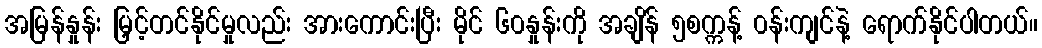
အမြန်နှုန်း မြှင့်တင်နိုင်မှုလည်း အားကောင်းပြီး မိုင် ၆၀နှုန်းကို အချိန် ၅စက္ကန့် ၀န်းကျင်နဲ့ ရောက်နိုင်ပါတယ်။